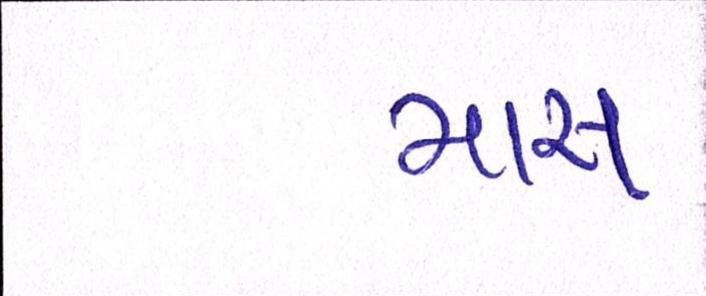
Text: માસ